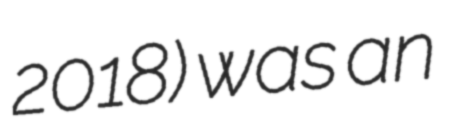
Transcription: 2018) was an